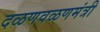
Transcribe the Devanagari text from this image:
दळणवळणमंत्री